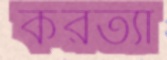
করত্যা